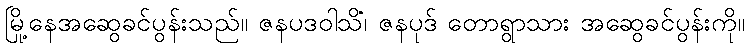
မြို့နေအဆွေခင်ပွန်းသည်။ ဇနပဒဝါသိံ၊ ဇနပုဒ် တောရွာသား အဆွေခင်ပွန်းကို။